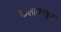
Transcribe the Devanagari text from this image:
कलाकमुल